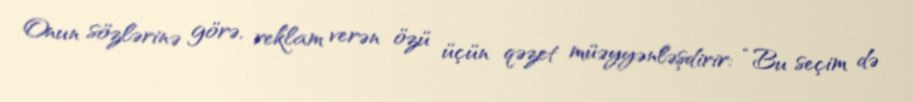
Onun sözlərinə görə, reklam verən özü üçün qəzet müəyyənləşdirir: “Bu seçim də